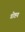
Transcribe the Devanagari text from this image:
गोष्टय